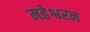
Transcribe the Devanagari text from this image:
महेश्वरन